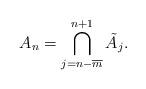
LaTeX: \begin{align*} A_n=\bigcap_{j=n-\overline{m}}^{n+1}\tilde{A}_j.\end{align*}